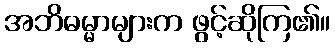
အဘိဓမ္မာများက ဖွင့်ဆိုကြ၏။